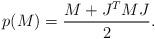
LaTeX: \begin{align*}p(M) = \frac{M + J^{T}MJ}{2}.\end{align*}